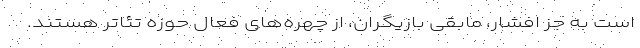
است به جز افشار، مابقی بازیگران، از چهره‌های فعال حوزه تئاتر هستند.